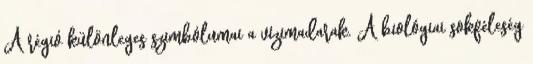
A régió különleges szimbólumai a vízimadarak. A biológiai sokféleség